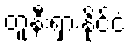
တူနီးရှားနိုင်ငံ